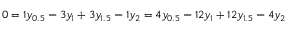
0 = 1 y _ { 0 . 5 } - 3 y _ { 1 } + 3 y _ { 1 . 5 } - 1 y _ { 2 } = 4 y _ { 0 . 5 } - 1 2 y _ { 1 } + 1 2 y _ { 1 . 5 } - 4 y _ { 2 }